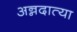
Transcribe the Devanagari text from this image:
अन्नदात्या